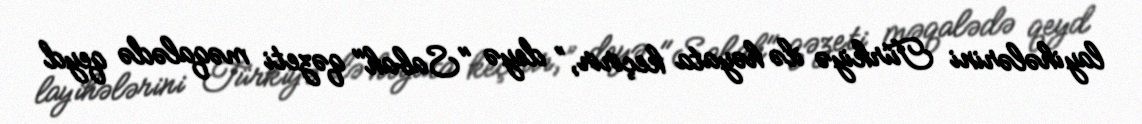
layihələrini Türkiyə ilə həyata keçirir,” deyə "Sabah" qəzeti məqalədə qeyd